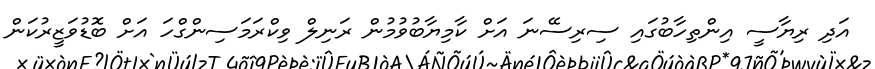
އަދި ރިޔާސީ އިންތިހާބުގައި ސިރިސޭނަ އަށް ކާމިޔާބުވުމުން ރަނިލް ވިކްރަމަސިންގްހަ އަށް ބޮޑުވަޒީރުކަން